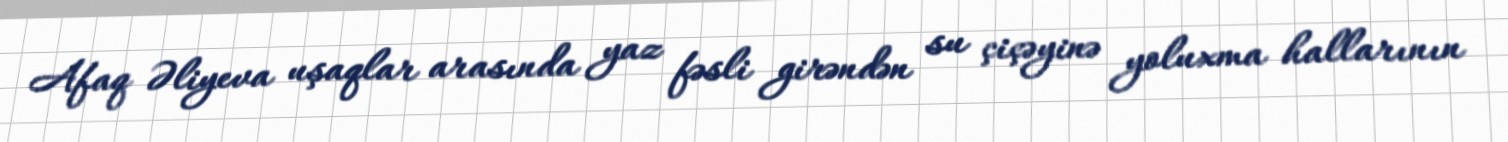
Afaq Əliyeva uşaqlar arasında yaz fəsli girəndən su çiçəyinə yoluxma hallarının